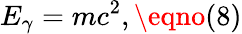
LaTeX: E_{\gamma}=mc^{2},\eqno(8)